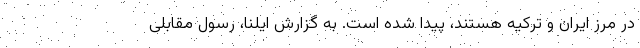
در مرز ایران و ترکیه هستند، پیدا شده است. به گزارش ایلنا، رسول مقابلی